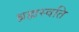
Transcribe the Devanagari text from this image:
ब्रह्मस्वति